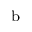
^ \mathrm { b }